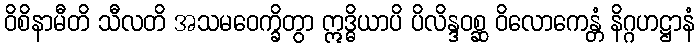
ဝိစိနာမီတိ သီလတိ အသမဝေက္ခိတွာ ဣဒ္ဓိယာပိ ပိလိန္ဒဝစ္ဆ ဝိလောကေန္တံ နိဂ္ဂဟဋ္ဌာနံ